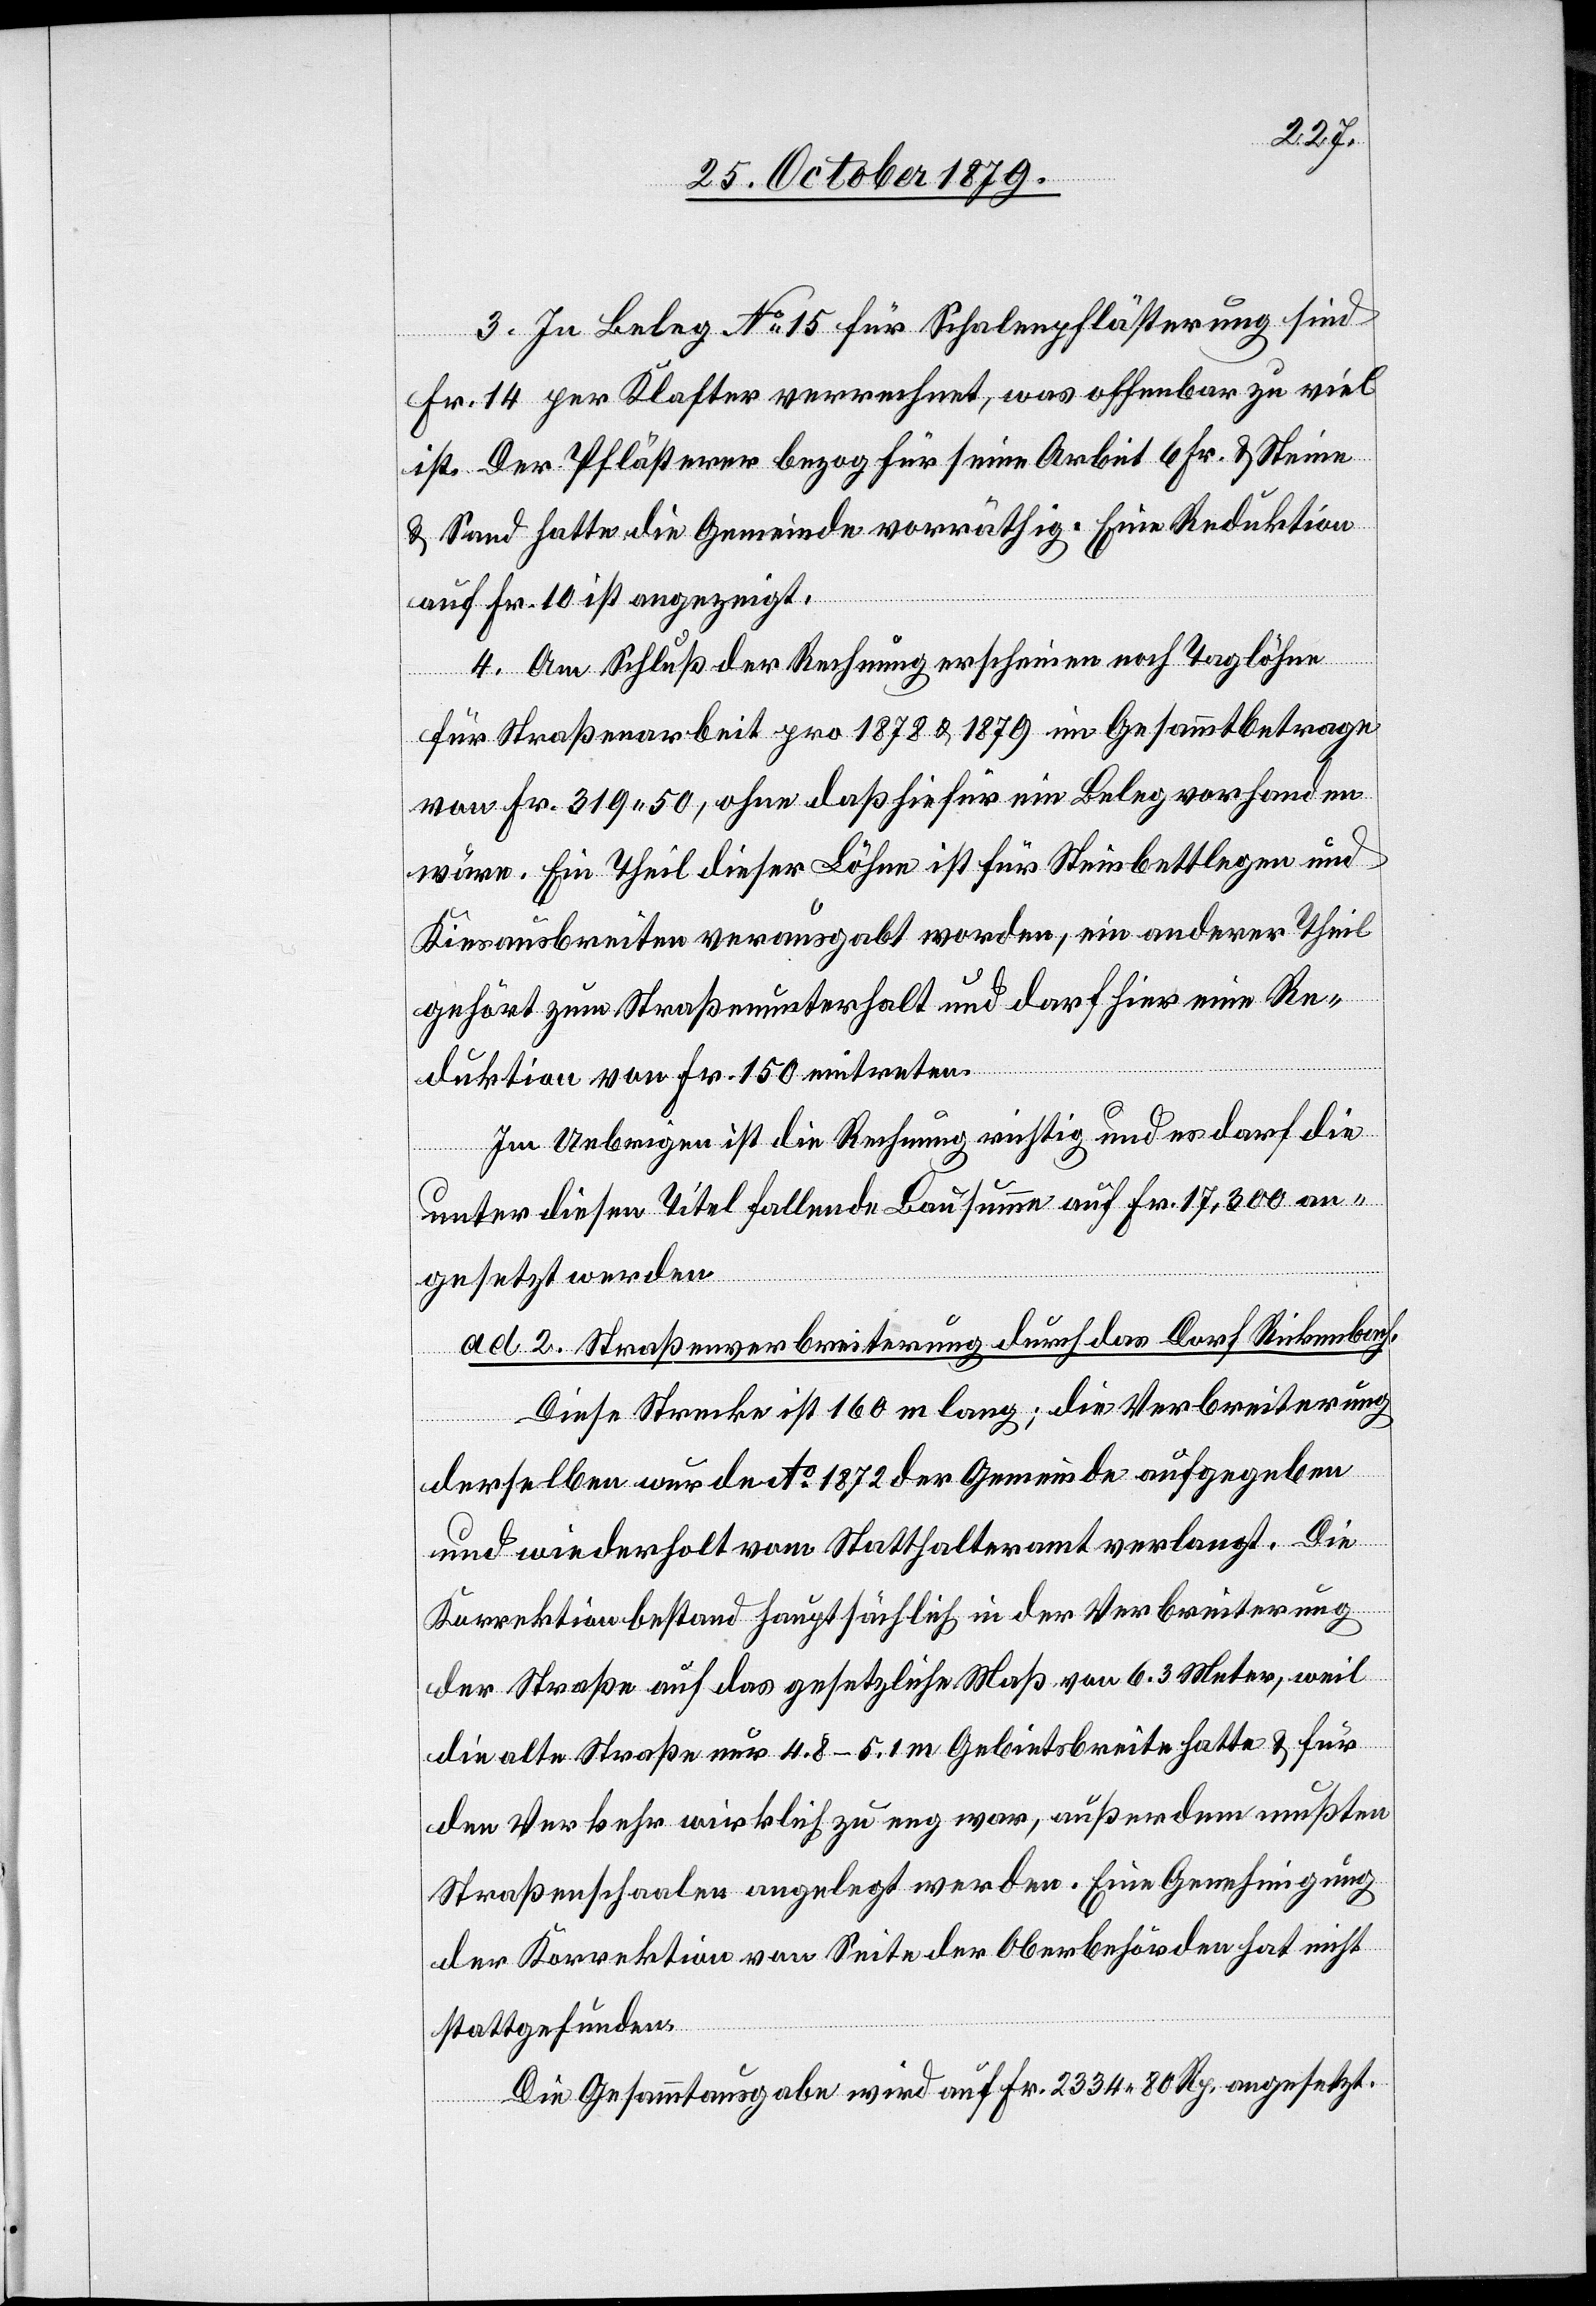
3. In Beleg No 15 für Schalenpflästerung sind
Fr. 14 per Klafter verrechnet, was offenbar zu viel
ist. Der Pflästerer bezog für seine Arbeit 6 Fr. Steine
& Sand hatte die Gemeinde vorräthig, Eine Reduktion
auf Fr. 10 ist angezeigt.
4. Am Schluß der Rechnung erscheinen noch Taglöhne
für Straßenarbeit pro 1878 & 1879 im Gesammtbetrage
von Fr. 319 50, ohne daß hiefür ein Beleg vorhanden
wäre. Ein Theil dieser Löhne ist für Steinbettlegen und
Kiesausbreiten verausgabt worden, ein anderer Theil
gehört zum Straßenunterhalt und darf hier eine Re¬
duktion von Fr. 150 eintreten.
Im Uebrigen ist die Rechnung richtig und es darf die
unter diesen Titel fallende Bausumme auf Fr. 17,300 an¬
gesetzt werden,
ad. 2 Straßenverbreiterung durch das Dorf Rickenbach.
Diese Strecke ist 160 m lang; die Verbreiterung
derselben wurde Ao 1872 der Gemeinde aufgegeben
und wiederholt vom Statthalteramt verlangt. Die
Korrektion bestand hauptsächlich in der Verbreiterung
der Straße auf das gesetzliche Maß von 6,3 Meter, weil
die alte Straße nur 4,8–5,1 m Gebietsbreite hatte & für
den Verkehr wirklich zu eng war, außerdem mußten
Straßenschaalen angelegt werden. Eine Genehmigung
der Korrektion von Seite der Oberbehörden hat nicht
stattgefunden.
Die Gesammtausgabe wird auf Fr. 2334 80 Rp. angesetzt.